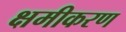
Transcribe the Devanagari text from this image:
क्षमीकरण